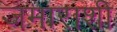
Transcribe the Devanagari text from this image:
जमाराशी